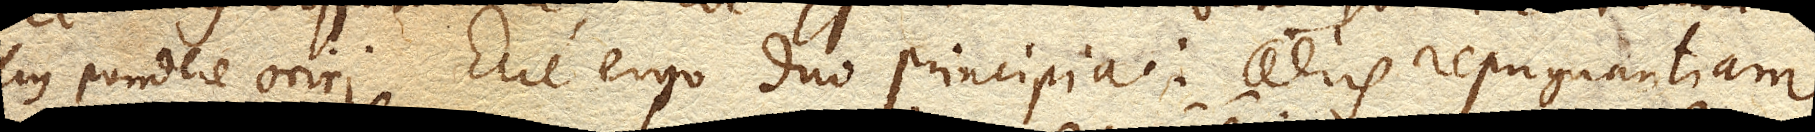
ejus pondere oriri. Ecce ergo duo principia: aeris repugnantiam